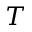
T